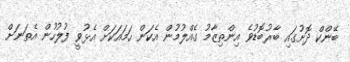
ބޭންކް ދޮށުގައި ބާރުބޮޑުވެ އިންތިޒާމު ގެއްލުމުން އެކަން ހަމައަކަށް އެޅުވީ ފުލުހުން އެތަނަށް